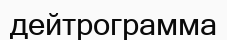
дейтрограмма